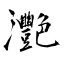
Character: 灧